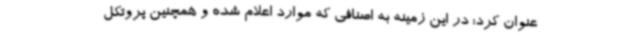
عنوان کرد: در این زمینه به اصنافی که موارد اعلام شده و همچنین پروتکل